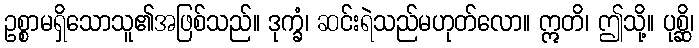
ဥစ္စာမရှိသောသူ၏အဖြစ်သည်။ ဒုက္ခံ၊ ဆင်းရဲသည်မဟုတ်လော။ ဣတိ၊ ဤသို့။ ပုစ္ဆိ၊